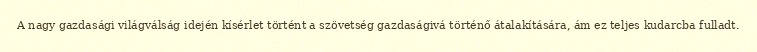
A nagy gazdasági világválság idején kísérlet történt a szövetség gazdaságivá történő átalakítására, ám ez teljes kudarcba fulladt.